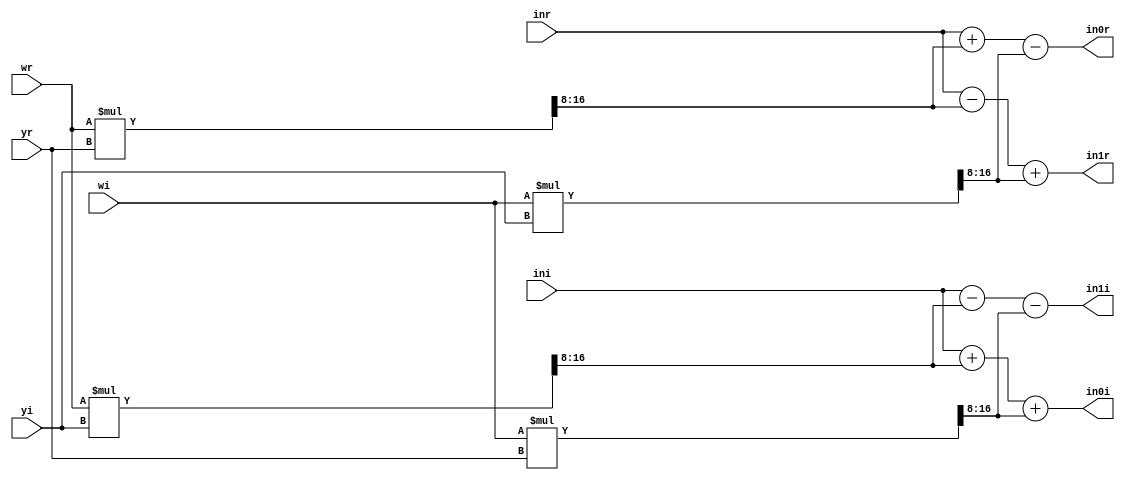


module bfly4_4(inr,ini,yr,yi,wr,wi,in0r,in0i,in1r,in1i);
input signed [8:0]inr,ini,yr,yi;
input signed [8:0]wr,wi;
output [8:0]in0r,in0i,in1r,in1i;
wire [17:0]p1,p2,p3,p4;
assign p1=wr*yr;
assign p2=wi*yi;
assign p3=wr*yi;
assign p4=wi*yr;
assign in0r=inr+p1[17:8]-p2[17:8];
assign in0i=ini+p3[17:8]+p4[17:8];
assign in1r=inr-p1[17:8]+p2[17:8];
assign in1i=ini-p3[17:8]-p4[17:8];
endmodule